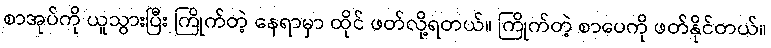
စာအုပ်ကို ယူသွားပြီး ကြိုက်တဲ့ နေရာမှာ ထိုင် ဖတ်လို့ရတယ်။ ကြိုက်တဲ့ စာပေကို ဖတ်နိုင်တယ်။